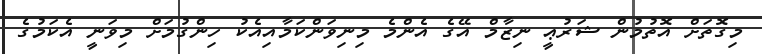
މިގޮތަށް އޮތުމުން ޝަރުޢީ ނިޒާމް އޭގެ އެންމެ މިނިވަންކަމާއިއެކު ހިންގުމަށް މިވަނީ އެކަމުގެ